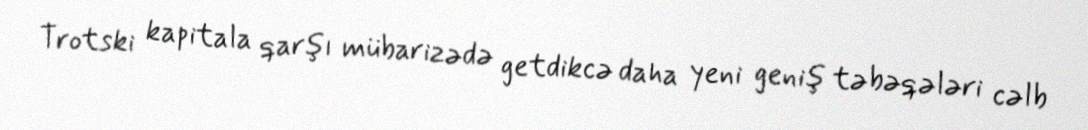
Trotski kapitala qarşı mübarizədə getdikcə daha yeni geniş təbəqələri cəlb